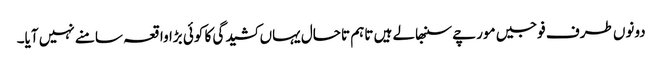
دونوں طرف فوجیں مورچے سنبھالے ہیں تاہم تاحال یہاں کشیدگی کا کوئی بڑا واقعہ سامنے نہیں آیا۔